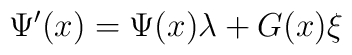
\Psi ^{\prime }(x)=\Psi (x)\lambda +G(x)\xi